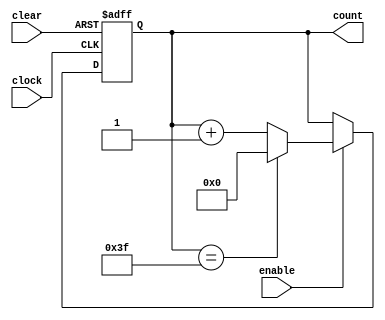
module counter6bit_cgrundey(clock, clear, enable, count);
	input        clock;
	input        clear;
	input        enable;
	output [5:0] count;
	reg    [5:0] count;

	parameter CLRDEL = 10;
	parameter CLKDEL = 15;
	parameter MAXVAL = 6'd63;
	always @(posedge clock or posedge clear) begin
		if(clear)
			count <= #CLRDEL 6'b0;
		else if(enable) begin
			if(count == MAXVAL)
				count <= #CLKDEL 6'b0;
			else
				count <= #CLKDEL count + 6'd1;
		end
	end

endmodule